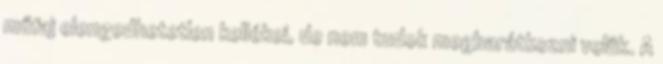
műfaj elengedhetetlen kellékei, de nem tudok megbarátkozni velük. A